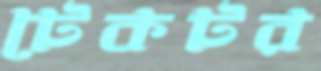
টেকটর